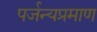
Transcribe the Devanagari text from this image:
पर्जन्यप्रमाण